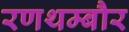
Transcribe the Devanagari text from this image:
रणथम्बौर